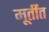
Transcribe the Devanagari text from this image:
मूर्तींत